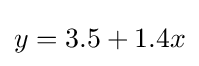
y=3.5+1.4x